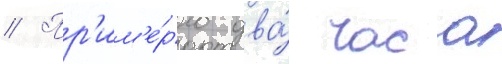
// Пр'им'е́рно два́ часа